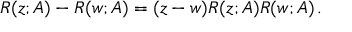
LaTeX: R ( z ; A ) - R ( w ; A ) = ( z - w ) R ( z ; A ) R ( w ; A ) \, .